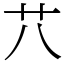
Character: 䒔